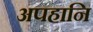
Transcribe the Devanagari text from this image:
अपहानि